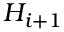
H _ { i + 1 }